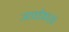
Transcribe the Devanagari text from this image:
जावडेकरांचे